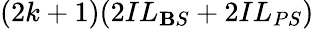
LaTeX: (2k+1)(2IL_{\mathbf{B}S}+2IL_{PS})